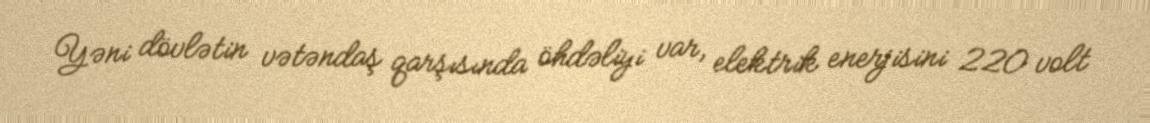
Yəni dövlətin vətəndaş qarşısında öhdəliyi var, elektrik enerjisini 220 volt